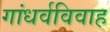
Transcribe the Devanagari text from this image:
गांधर्वविवाह